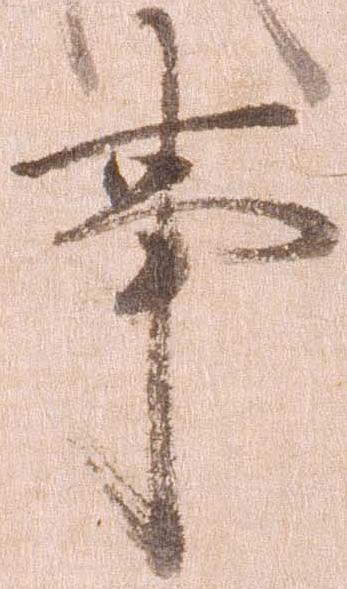
事